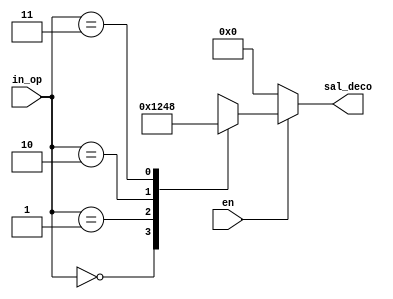
`timescale 1ps/1ps

module decodificador
(
input [1:0]in_op,
input en,
output reg [3:0]sal_deco
);

always @(*)
begin
	if(en==1)
	begin 
		case (in_op)
			2'b00:
				begin sal_deco=4'b0001; end //primera operacion
			2'b01:
				begin sal_deco=4'b0010; end //segunda operacion
			2'b10:
				begin sal_deco=4'b0100; end //tercera operacion
			2'b11:
				begin sal_deco=4'b1000; end //cuarta operacion
		endcase
		end
	else
	begin
		sal_deco<=4'b0000;
	end
end 
endmodule